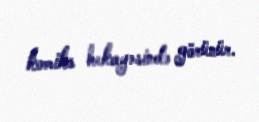
komiks hekayəsində görünür.